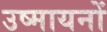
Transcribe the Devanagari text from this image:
उष्मायनों